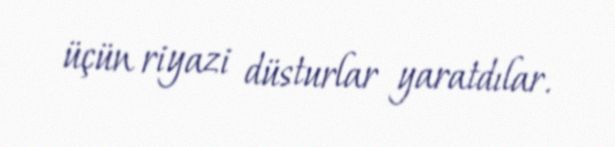
üçün riyazi düsturlar yaratdılar.